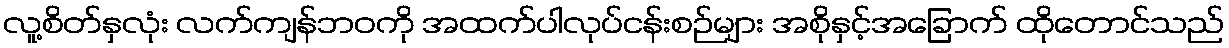
လူ့စိတ်နှလုံး လက်ကျန်ဘဝကို အထက်ပါလုပ်ငန်းစဉ်များ အစိုနှင့်အခြောက် ထိုတောင်သည်